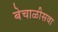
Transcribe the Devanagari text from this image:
बेचाळीसवा